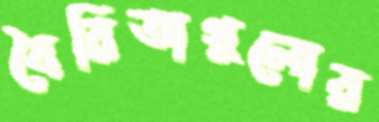
বৈরিতাগুলোর